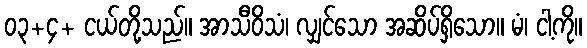
၀၃+၄+ ငယ်တို့သည်။ အာသီဝိသံ၊ လျှင်သော အဆိပ်ရှိသော။ မံ၊ ငါ့ကို။